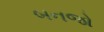
બનજો